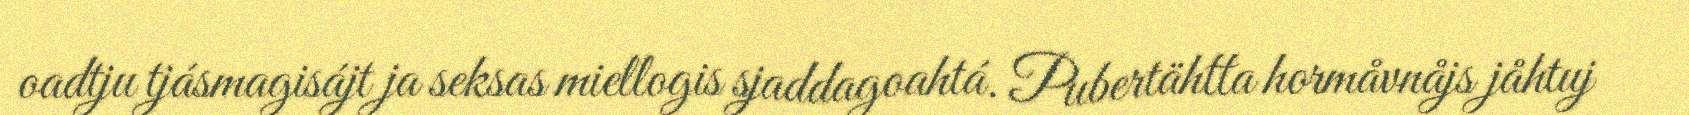
oadtju tjásmagisájt ja seksas miellogis sjaddagoahtá. Pubertähtta hormåvnåjs jåhtuj